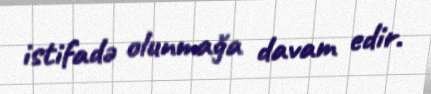
istifadə olunmağa davam edir.